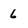
Character: 6